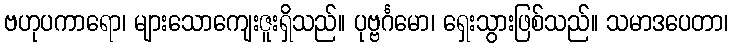
ဗဟုပကာရော၊ များသောကျေးဇူးရှိသည်။ ပုဗ္ဗင်္ဂမော၊ ရှေးသွားဖြစ်သည်။ သမာဒပေတာ၊